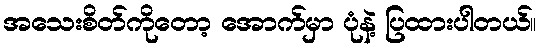
အသေးစိတ်ကိုတော့ အောက်မှာ ပုံနဲ့ ပြထားပါတယ်။